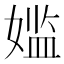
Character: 𫱕